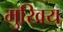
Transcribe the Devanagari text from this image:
मुखिय